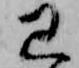
已